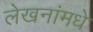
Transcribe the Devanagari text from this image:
लेखनांमधे